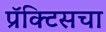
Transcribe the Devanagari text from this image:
प्रॅक्‍टिसचा